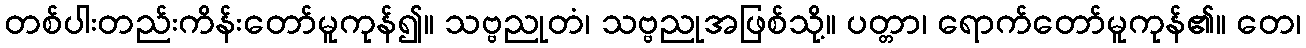
တစ်ပါးတည်းကိန်းတော်မူကုန်၍။ သဗ္ဗညုတံ၊ သဗ္ဗညုအဖြစ်သို့။ ပတ္တာ၊ ရောက်တော်မူကုန်၏။ တေ၊